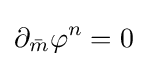
\partial _{\bar {m}}\varphi ^{n}=0